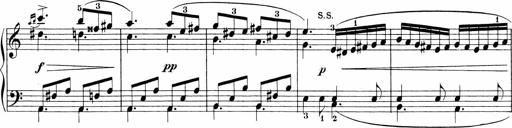
Title: 3 Sonatinas
Composer: Carl Reinecke